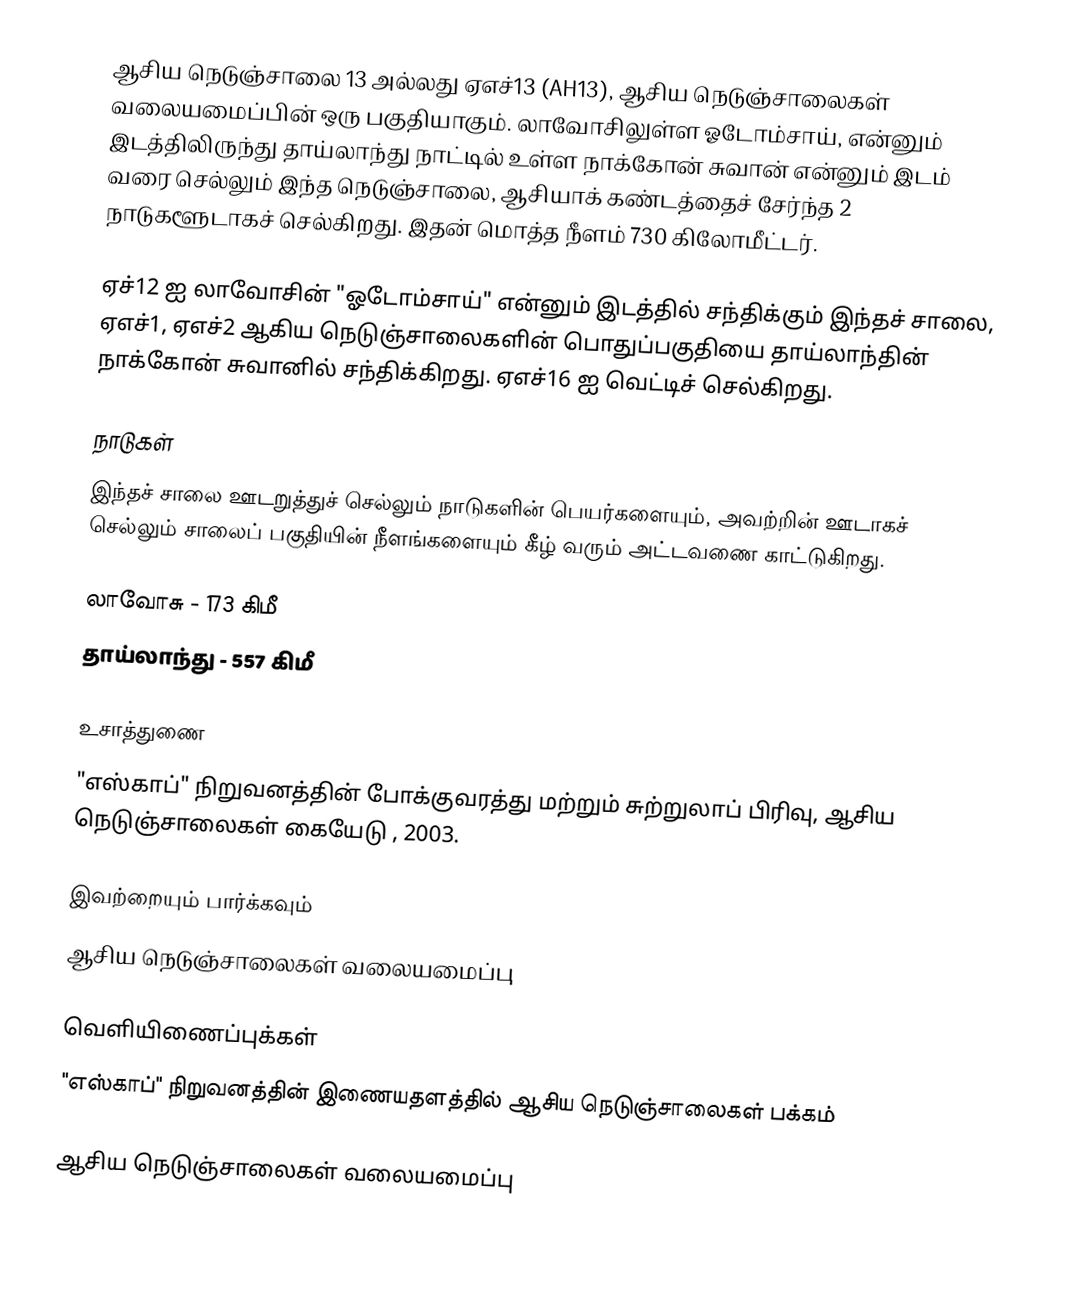
ஆசிய நெடுஞ்சாலை 13 அல்லது ஏஎச்13 (AH13), ஆசிய நெடுஞ்சாலைகள் வலையமைப்பின் ஒரு பகுதியாகும். லாவோசிலுள்ள ஓடோம்சாய், என்னும் இடத்திலிருந்து தாய்லாந்து நாட்டில் உள்ள நாக்கோன் சுவான் என்னும் இடம் வரை செல்லும் இந்த நெடுஞ்சாலை, ஆசியாக் கண்டத்தைச் சேர்ந்த 2 நாடுகளூடாகச் செல்கிறது. இதன் மொத்த நீளம் 730 கிலோமீட்டர்.

ஏச்12 ஐ லாவோசின் "ஓடோம்சாய்" என்னும் இடத்தில் சந்திக்கும் இந்தச் சாலை, ஏஎச்1, ஏஎச்2 ஆகிய நெடுஞ்சாலைகளின் பொதுப்பகுதியை தாய்லாந்தின் நாக்கோன் சுவானில் சந்திக்கிறது. ஏஎச்16 ஐ வெட்டிச் செல்கிறது.

நாடுகள்
இந்தச் சாலை ஊடறுத்துச் செல்லும் நாடுகளின் பெயர்களையும், அவற்றின் ஊடாகச் செல்லும் சாலைப் பகுதியின் நீளங்களையும் கீழ் வரும் அட்டவணை காட்டுகிறது.

 லாவோசு - 173 கிமீ
 தாய்லாந்து - 557 கிமீ

உசாத்துணை
 "எஸ்காப்" நிறுவனத்தின் போக்குவரத்து மற்றும் சுற்றுலாப் பிரிவு, ஆசிய நெடுஞ்சாலைகள் கையேடு , 2003.

இவற்றையும் பார்க்கவும்
 ஆசிய நெடுஞ்சாலைகள் வலையமைப்பு

வெளியிணைப்புக்கள்
 "எஸ்காப்" நிறுவனத்தின் இணையதளத்தில் ஆசிய நெடுஞ்சாலைகள் பக்கம்

ஆசிய நெடுஞ்சாலைகள் வலையமைப்பு